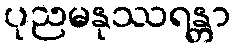
ပုညမနုဿရန္တာ